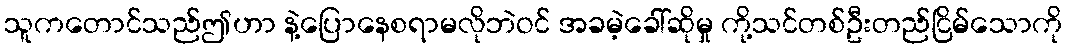
သူကတောင်သည်ဤဟာ နဲ့ပြောနေစရာမလိုဘဲဝင် အခမဲ့ခေါ်ဆိုမှု ကို့သင်တစ်ဦးတည်ငြိမ်သောကို